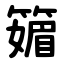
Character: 䉋